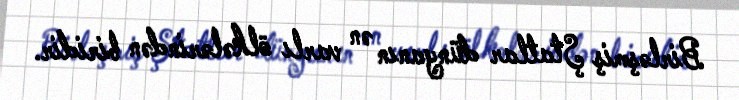
Birləşmiş Ştatlar dünyanın ən varlı ölkələrindən biridir.